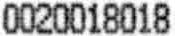
0020018018